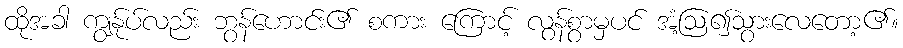
ထိုအခါ ကျွန်ုပ်လည်း ဘွန်ဟောင်း၏ စကား ကြောင့် လွန်စွာမှပင် အံ့ဩ၍သွားလေတော့၏။